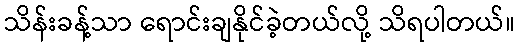
သိန်းခန့်သာ ရောင်းချနိုင်ခဲ့တယ်လို့ သိရပါတယ်။